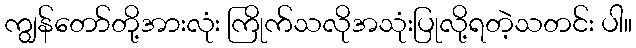
ကျွန်တော်တို့အားလုံး ကြိုက်သလိုအသုံးပြုလို့ရတဲ့သတင်း ပါ။